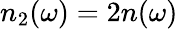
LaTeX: n_{2}(\omega)=2n(\omega)